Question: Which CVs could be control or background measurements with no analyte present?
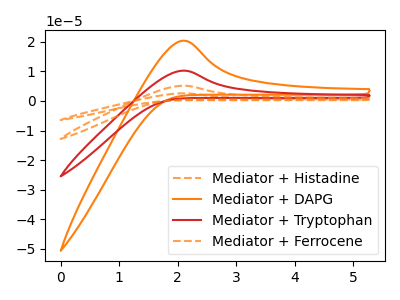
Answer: <think>The orange dashed curve "Mediator + Histadine" has an anodic peak at: (2.10V, 30.75uA). The orange curve "Mediator + DAPG" has an anodic peak at: (2.10V, 20.40uA). The red curve "Mediator + Tryptophan" has an anodic peak at: (2.10V, 10.25uA). The orange dashed curve "Mediator + Ferrocene" has an anodic peak at: (2.10V, 20.50uA).</think>
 <answer>There are not any CV's on this graph that are likely to be blanks.</answer>
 <eval>none</eval>